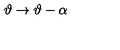
\vartheta \rightarrow \vartheta - \alpha